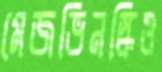
মেজভিনস্কিও